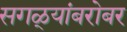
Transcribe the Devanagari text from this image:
सगळ्यांबरोबर